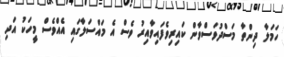
ހަމަލާ ދިންތާ މަސްދުވަސްވާން ކައިރިވެފައިވާއިރު ވެސް އެ މައްސަލާގައި އެއްވެސް މީހަކު އަދި